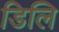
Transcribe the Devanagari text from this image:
डिलि